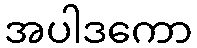
အပါဒကော